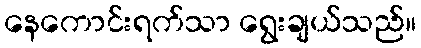
နေကောင်းရက်သာ ရွေးချယ်သည်။